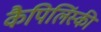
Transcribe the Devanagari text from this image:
कैपिलिंस्की